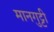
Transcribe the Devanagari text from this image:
मानगुट्टी